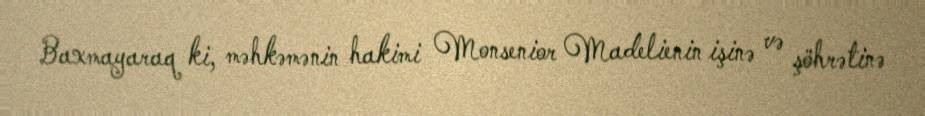
Baxmayaraq ki, məhkəmənin hakimi Monsenior Madelienin işinə və şöhrətinə